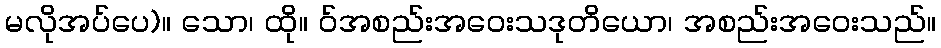
မလိုအပ်ပေ)။ သော၊ ထို။ ဝ်အစည်းအဝေးသဒုတိယော၊ အစည်းအဝေးသည်။